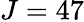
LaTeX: J=47